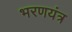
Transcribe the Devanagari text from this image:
भरणयंत्र